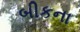
બીકના